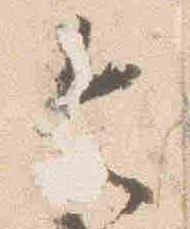
令